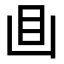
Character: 𥃬